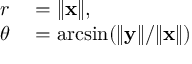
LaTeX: \begin{array} { r l } { r } & { { } = \lVert \mathbf { x } \rVert , } \\ { \theta } & { { } = \arcsin ( \lVert \mathbf { y } \rVert / \lVert \mathbf { x } \rVert ) } \end{array}